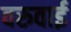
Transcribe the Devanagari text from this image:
वरुवाई